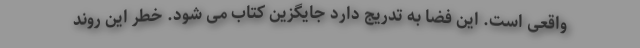
واقعی است. این فضا به تدریج دارد جایگزین کتاب می شود. خطر این روند